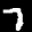
Label: 7